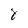
Character: 8